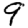
Digit: 9